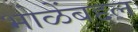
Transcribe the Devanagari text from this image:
भोळेंबद्दल